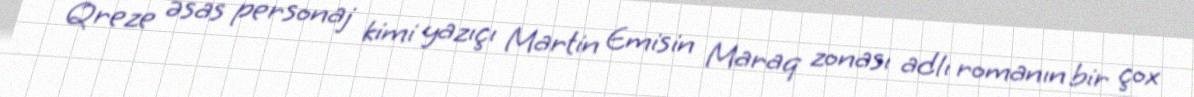
Qreze əsas personaj kimi yazıçı Martin Emisin Maraq zonası adlı romanın bir çox